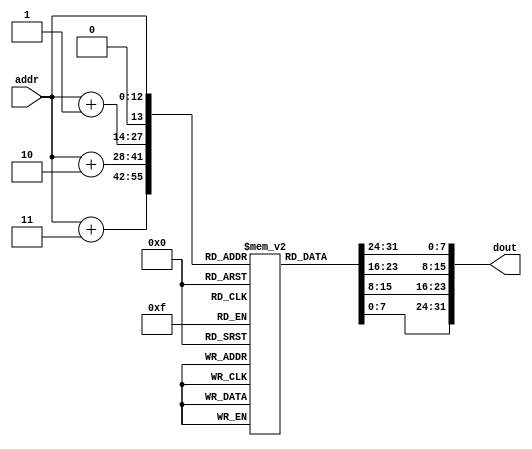
module im_1k(addr, dout);
    input [12:0]addr;
    output [31:0]dout;
    reg [7:0] im[8192:0];
    assign dout = {im[addr[12:0]], im[addr[12:0] + 1], im[addr[12:0] + 2], im[addr[12:0] + 3]};
endmodule